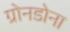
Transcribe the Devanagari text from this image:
ग्रोनडोना